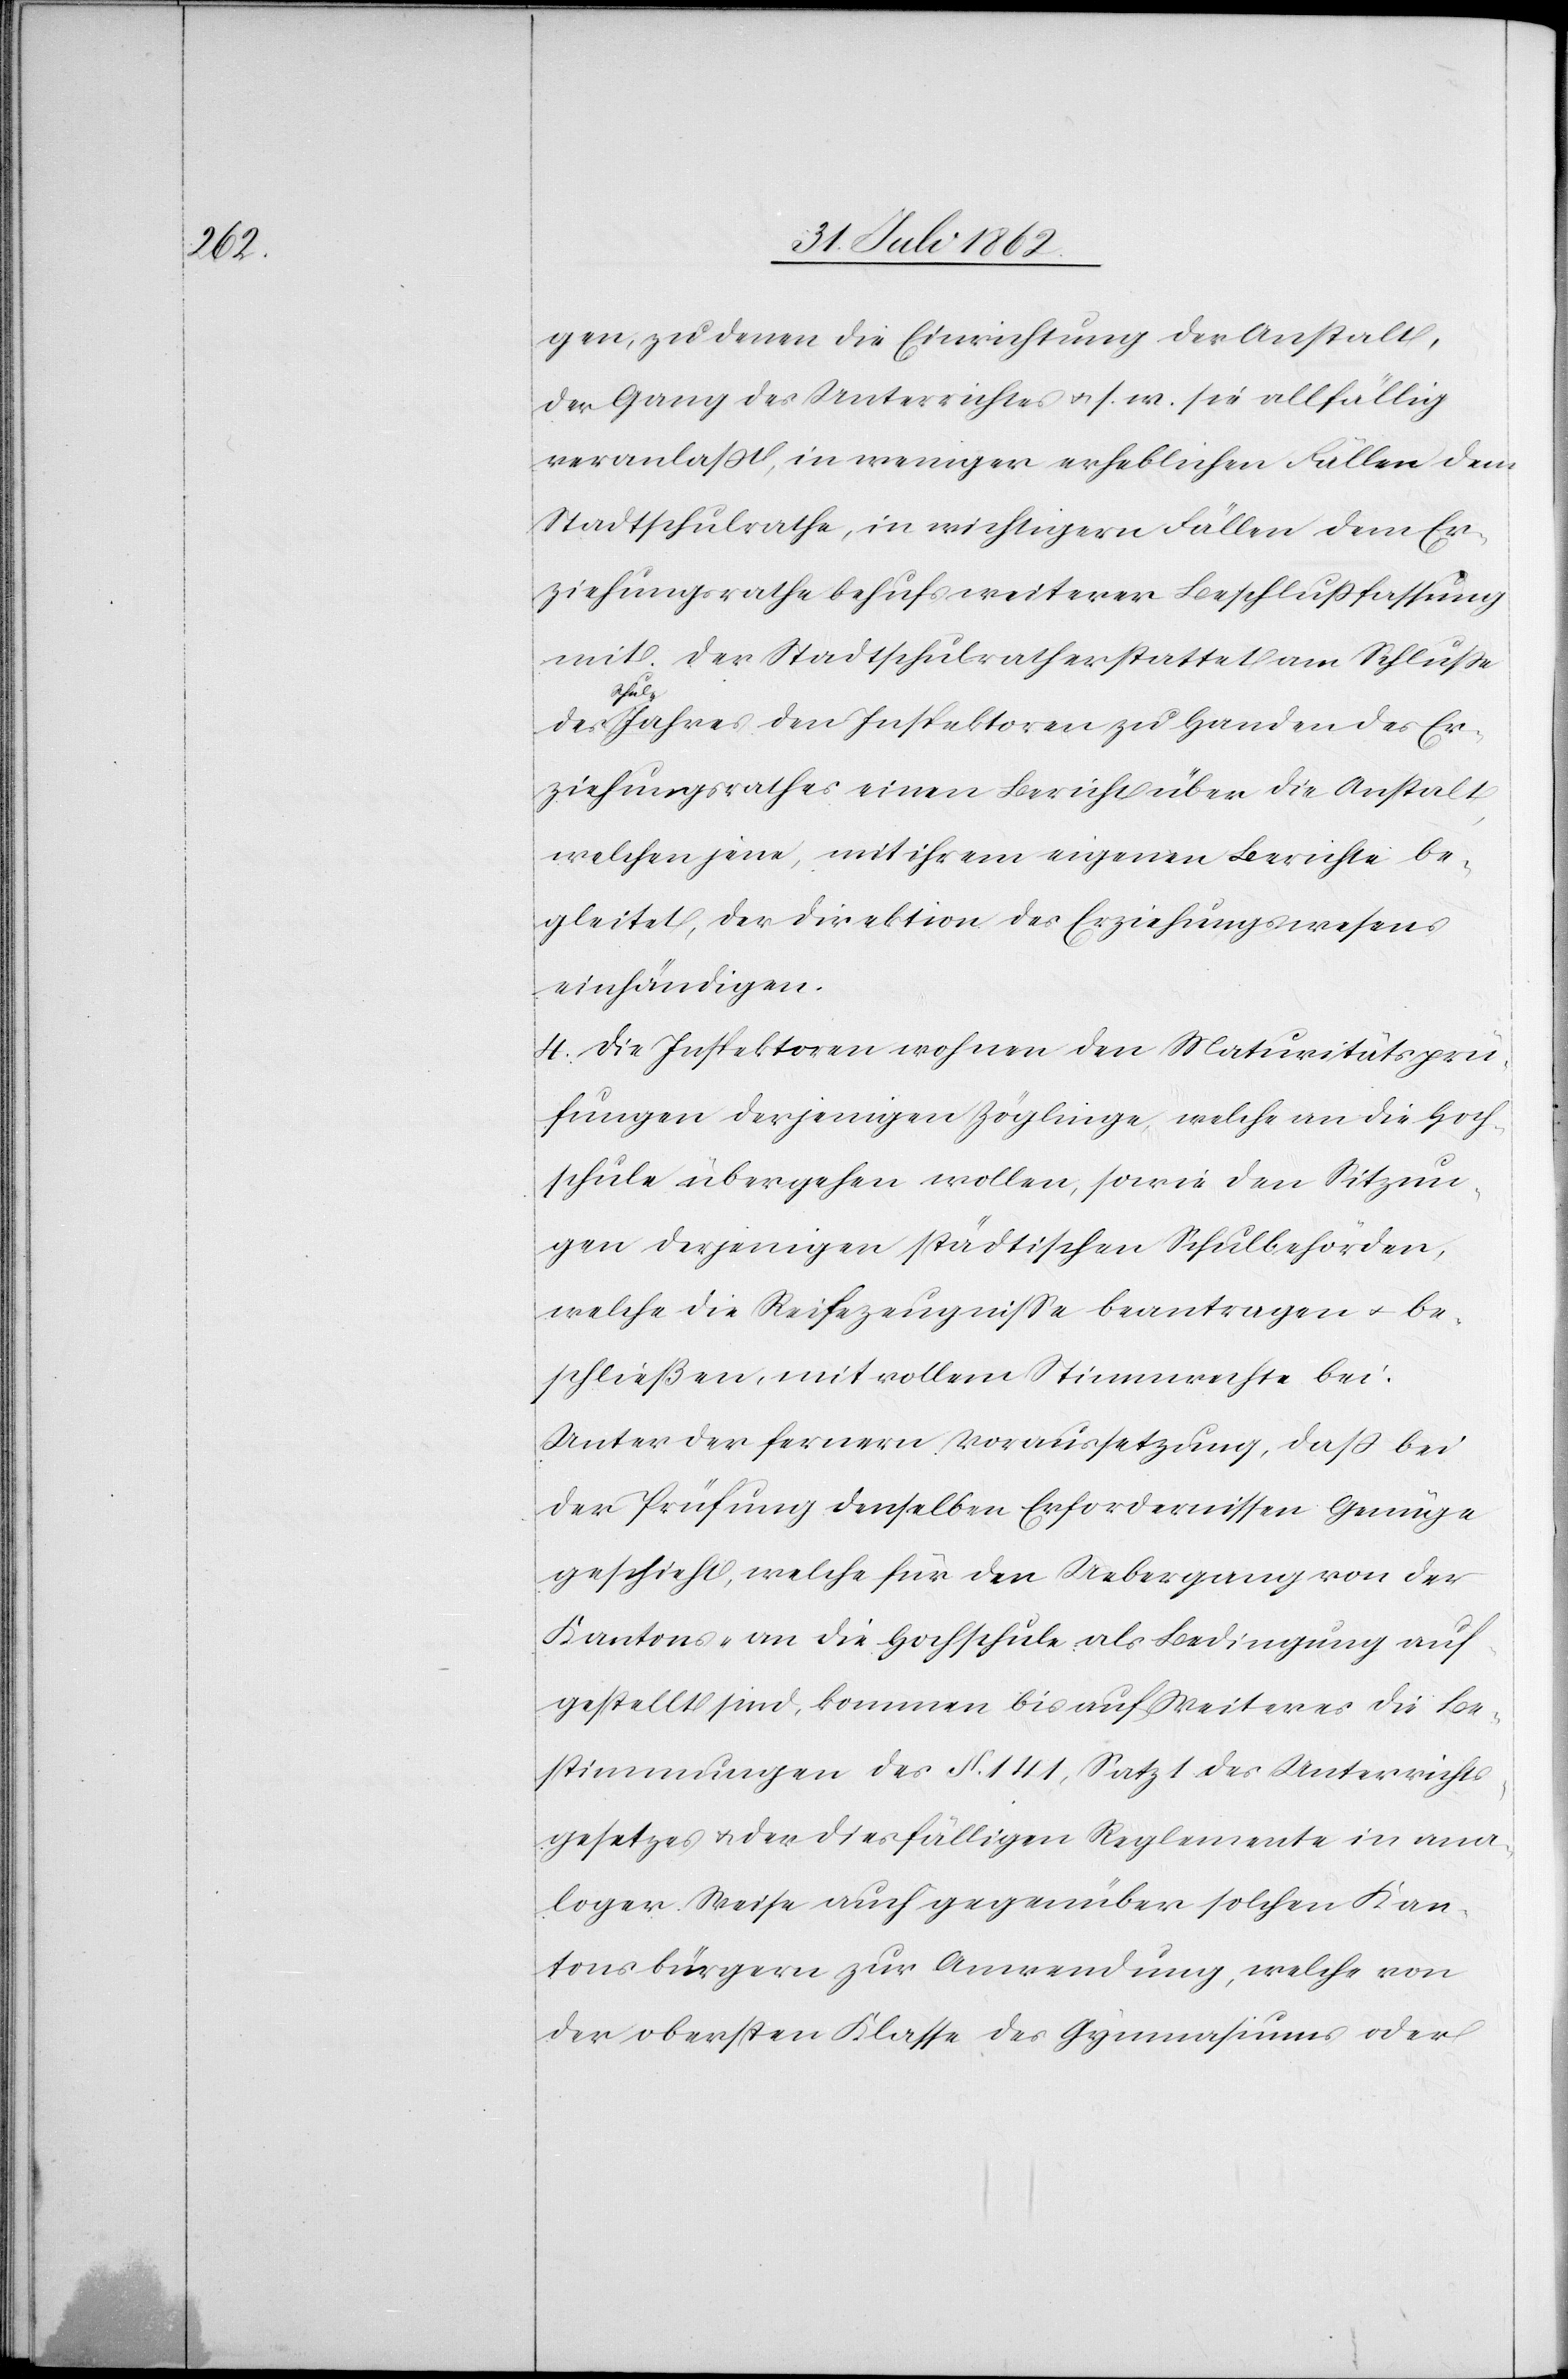
gen, zu denen die Einrichtung der Anstalt,
der Gang des Unterrichtes u. s. w. sie allfällig
veranlaßt, in weniger erheblichen Fällen dem
Stadtschulrathe, in wichtigern Fällen dem Er¬
ziehungsrathe behufs weiterer Beschlußfassung
mit. Der Stadtschulrath erstattet am Schlusse
Schu¬
l-Jahres den Inspektoren zu Handen des Er¬
ziehungsrathes einen Bericht über die Anstalt,
welchen jene, mit ihrem eigenen Berichte be¬
gleitet, der Direktion des Erziehungswesens
einhändigen.
Die Inspektoren wohnen den Maturitätsprü¬
fungen derjenigen Zöglinge, welche an die Hoch¬
schule übergehen wollen, sowie den Sitzun¬
gen derjenigen städtischen Schulbehörden,
welche die Reifezeugnisse beantragen u. be¬
schließen, mit vollem Stimmrechte bei.
Unter der fernern Voraussetzung, daß bei
der Prüfung denselben Erfordernissen Genüge
geschieht, welche für den Uebergang von der
Kantons- an die Hochschule als Bedingung auf¬
gestellt sind, kommen bis auf Weiteres die Be¬
stimmungen des § 141, Satz 1 des Unterrichts¬
gesetzes u. der diesfälligen Reglemente in ana¬
loger Weise auch gegenüber solchen Kan¬
tonsbürgern zur Anwendung, welche von
der obersten Klasse des Gymnasiums oder